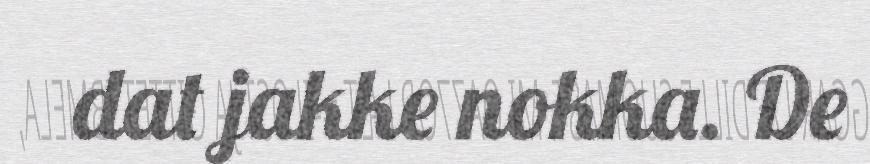
dat jakke nokka. De